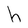
Character: h